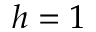
h = 1